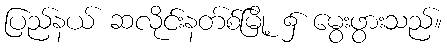
ပြည်နယ် ဆလိုင်းနတ်စ်မြို့ ၌ မွေးဖွားသည်။